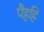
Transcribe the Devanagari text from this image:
पैहहि